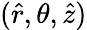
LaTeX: (\hat{r},\theta,\hat{z})